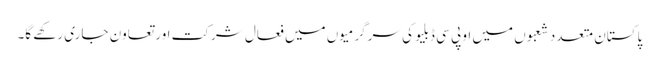
پاکستان متعدد شعبوں میں او پی سی ڈبلیو کی سرگرمیوں میں فعال شرکت اور تعاون جاری رکھے گا۔